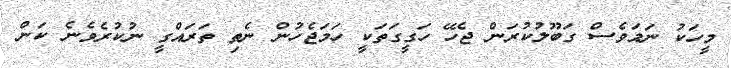
މީހަކު ނަމަވެސް ގަބޫލުކުރަން ޖެހޭ ހަގީގަތަކީ ހަމަޖެހުން ނެތި ތަރައްގީ ނުކުރެވެނެ ކަން